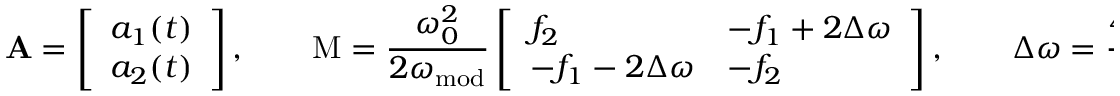
\mathbf { A } = \left[ \begin{array} { l } { a _ { 1 } ( t ) } \\ { a _ { 2 } ( t ) } \end{array} \right] , \qquad \mathrm { M } = \frac { \omega _ { 0 } ^ { 2 } } { 2 \omega _ { \mathrm { m o d } } } \left[ \begin{array} { l l } { f _ { 2 } } & { - f _ { 1 } + 2 \Delta \omega } \\ { - f _ { 1 } - 2 \Delta \omega } & { - f _ { 2 } } \end{array} \right] , \qquad \Delta \omega = \frac { 4 \omega _ { 0 } ^ { 2 } - \omega _ { \mathrm { m o d } } ^ { 2 } } { 4 \omega _ { 0 } ^ { 2 } } .